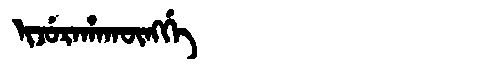
Manchu: ᡳᠵᡠᡵᠠᡥᠠᡴᡡᠩᡤᡝ
Romanization: IJURAHAKŪNGGE